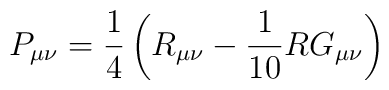
P_{\mu \nu} = \frac{1}{4} \left(R_{\mu \nu} - \frac{1}{10} R G_{\mu \nu} \right)